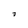
Character: D